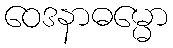
ဝေဒနာဓမ္မော